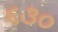
૬૩૦